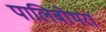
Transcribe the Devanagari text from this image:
पालिबोथरा